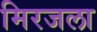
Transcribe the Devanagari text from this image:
मिरजला